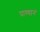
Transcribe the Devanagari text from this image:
पाण्यानं